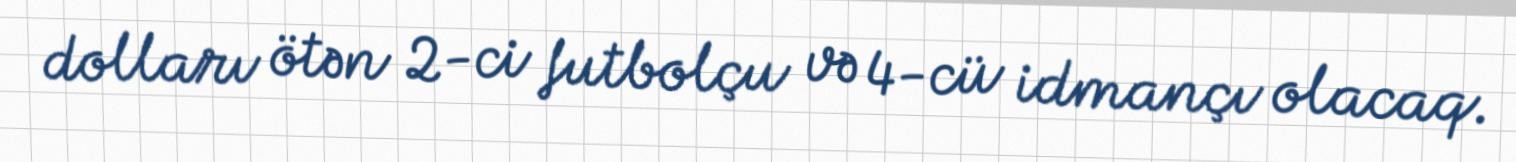
dolları ötən 2-ci futbolçu və 4-cü idmançı olacaq.